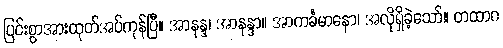
ပြင်းစွာအားထုတ်အပ်ကုန်ပြီ။ အာနန္ဒ၊ အာနန္ဒာ။ အာကင်္ခမာနော၊ အလိုရှိခဲ့သော်။ တထာဂ